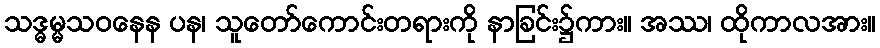
သဒ္ဓမ္မသဝနေန ပန၊ သူတော်ကောင်းတရားကို နာခြင်း၌ကား။ အဿ၊ ထိုကာလအား။